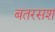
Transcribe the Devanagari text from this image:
बतरसश